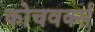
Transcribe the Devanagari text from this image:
कोचवर्क्स